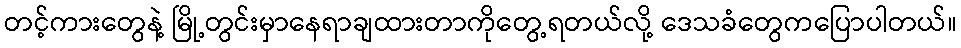
တင့်ကားတွေနဲ့ မြို့တွင်းမှာနေရာချထားတာကိုတွေ့ရတယ်လို့ ဒေသခံတွေကပြောပါတယ်။